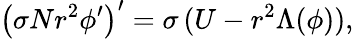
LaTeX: \left(\sigma Nr^{2}\phi^{\prime}\right)^{\prime}=\sigma\, (U-r^{2}\Lambda(\phi)),